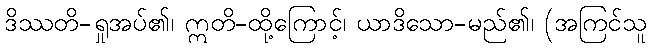
ဒိဿတိ-ရှုအပ်၏၊ ဣတိ-ထို့ကြောင့်၊ ယာဒိသော-မည်၏၊ (အကြင်သူ